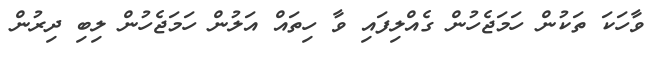
ވާހަކަ ތަކުން ހަމަޖެހުން ގެއްލިފައި ވާ ހިތައް އަލުން ހަމަޖެހުން ލިބި ދިރުން